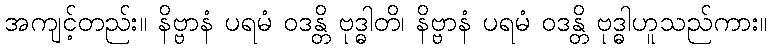
အကျင့်တည်း။ နိဗ္ဗာနံ ပရမံ ဝဒန္တိ ဗုဒ္ဓါတိ၊ နိဗ္ဗာနံ ပရမံ ဝဒန္တိ ဗုဒ္ဓါဟူသည်ကား။